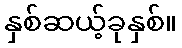
နှစ်ဆယ့်ခုနှစ်။